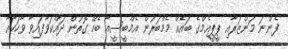
ފެންނަ މަންޒަރާއި ޕީޕީއެމްގެ ބައެއް މެމްބަރުން އެމްބީސީއާ ބެހޭ ގޮތުން ދައްކަވާފައިވާ ވާހަކާއާ